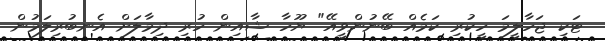
ޓަކި ޖަހާލީމަ ހީކުރި ކަމެއް ބޭނުންވީއޭ" ޔޫހާ ޝާއިން ހުރި ދިމާލަށް އެނބުރިލަމުން